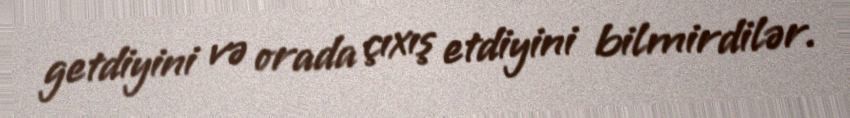
getdiyini və orada çıxış etdiyini bilmirdilər.